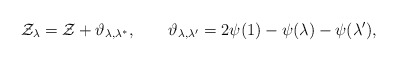
\begin{align*} \mathcal{Z}_\lambda = \mathcal{Z} + \vartheta_{\lambda,\lambda^*}, \qquad \vartheta_{\lambda,\lambda'} = 2\psi(1)-\psi(\lambda)-\psi(\lambda'),\end{align*}